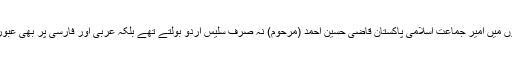
پٹھانوں میں امیر جماعت اسلامی پاکستان قاضی حسین احمد (مرحوم) نہ صرف سلیس اردو بولتے تھے بلکہ عربی اور فارسی پر بھی عبور تھا۔